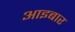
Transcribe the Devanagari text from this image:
आइबार